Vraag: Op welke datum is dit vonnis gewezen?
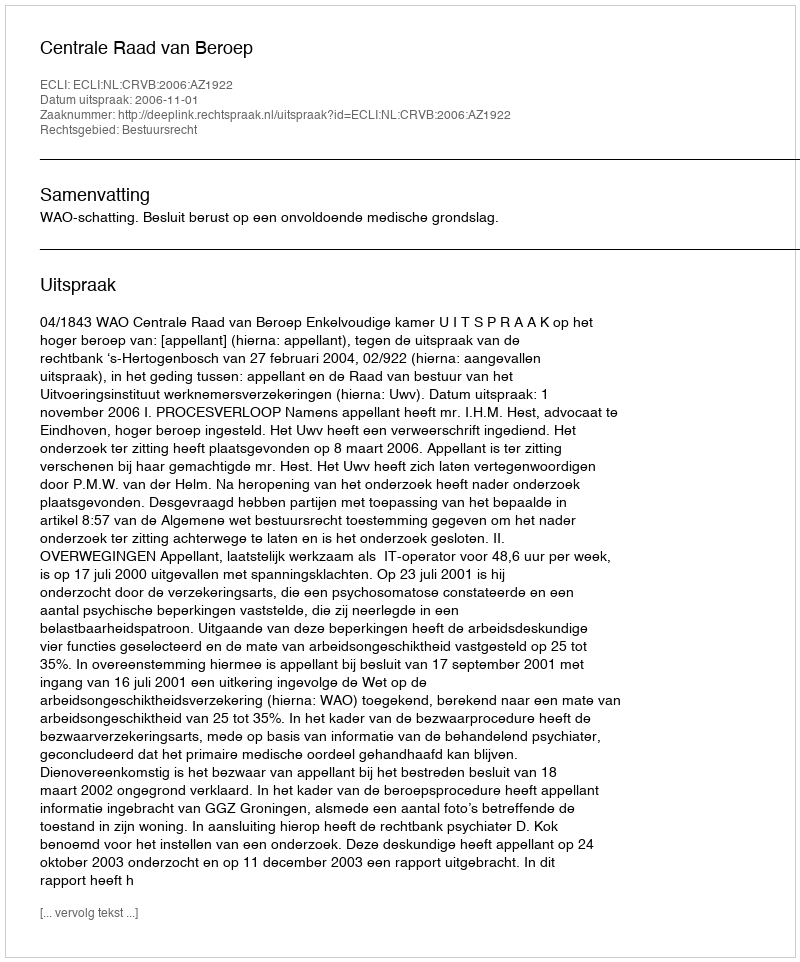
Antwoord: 2006-11-01